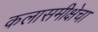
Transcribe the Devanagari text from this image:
कलासमीक्षेचा